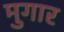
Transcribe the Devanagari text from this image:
मुगार